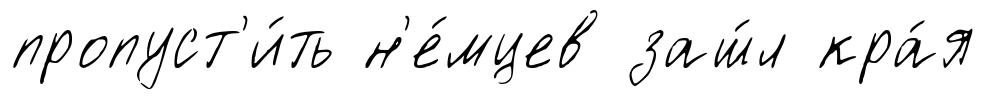
пропуст'и́ть н'е́мцев заш́л кра́я